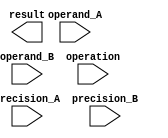
module MixedPrecisionFloatingPointUnit (
    input wire [63:0] operand_A,
    input wire [63:0] operand_B,
    input wire [1:0] precision_A,
    input wire [1:0] precision_B,
    input wire [1:0] operation,
    output reg [63:0] result
);

    // Define arithmetic blocks here

    always @* begin
        // Perform arithmetic operation based on precision levels and operation type
        // Update result register
    end

endmodule